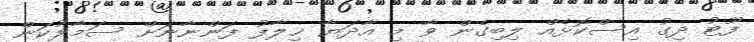
ފޫޓު ދިގު އިސްކޮޅެއް ލިބިގެން ވާ މި އާދަޔާ ޚިލާފު ފަންނާނަށް ސަމާލުކަން